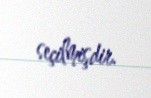
seçilmişdir.